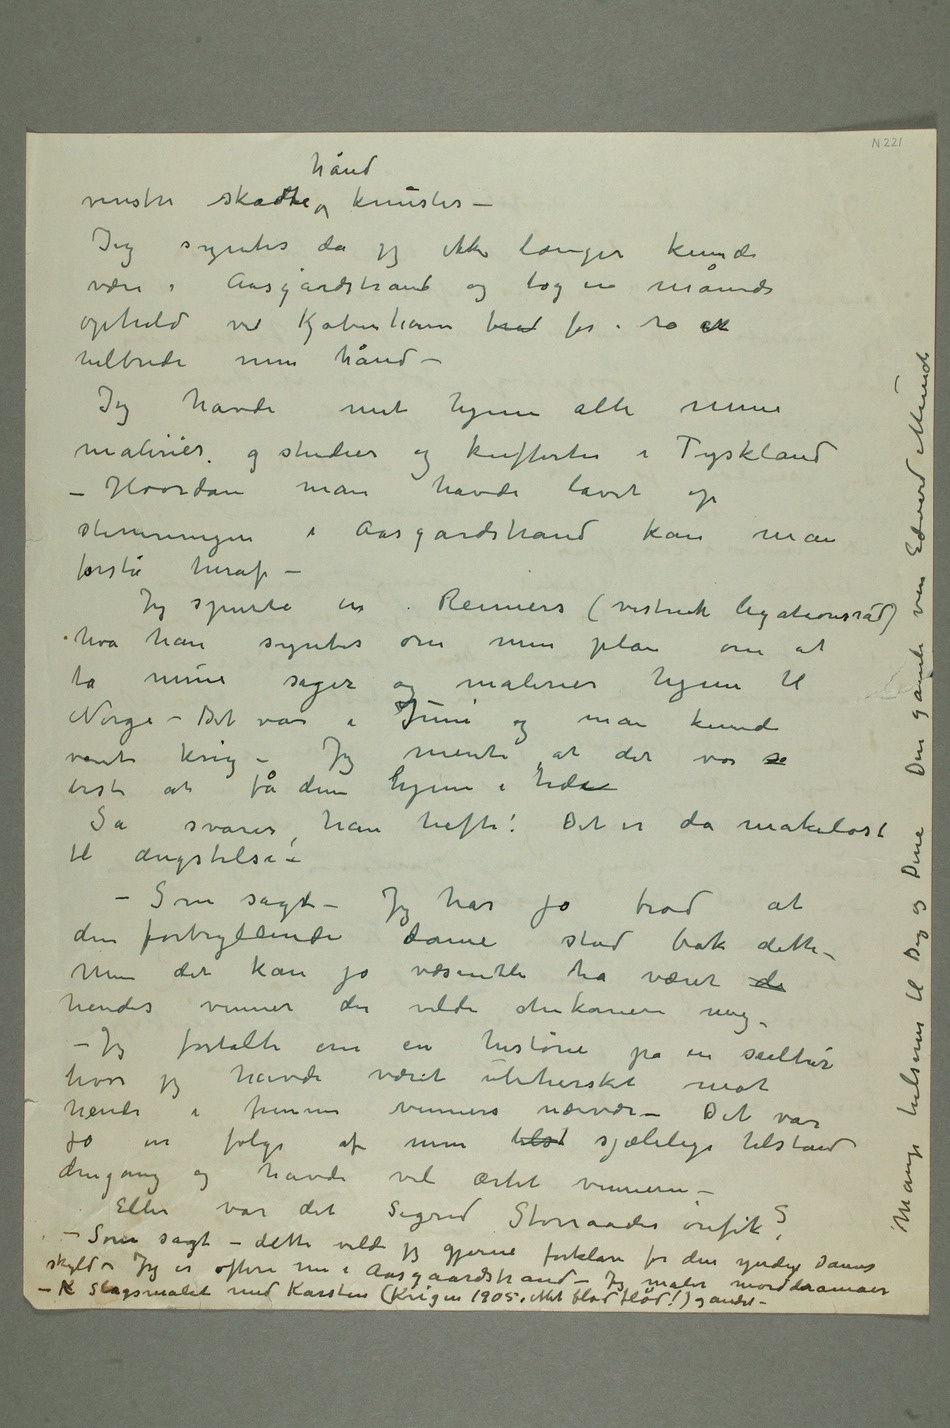
venstre skadte hånd knustes
– Jeg syntes da jeg ikke længer kunde
være i Aasgårdstrand og tog en måneds
ophold ved Kjøbenhavn ffor i ro at
helbrede min hånd –
Jeg havde mit hjem alle mine
malerier og studier og kufferter i Tyskland –
Hvordan man havde lavet op
stemningen i Aasgårdstrand kan man
forstå heraf –
Jeg spurte en Reimers (vistnok legationsråd)
hva han syntes om min plan om at
ta mine sager og malerier hjem til
Norge – Det var i Juni og man kunde
vænte krig – Jeg mente at det var s
best at få dem hjem i tide
Så svarer han hefti: Det er da makeløst
til ængstelse–!
– Som sagt – Jeg har jo trod at
den fortryllende dame stod bak dette –
Men det kan jo væsentli ha været de
hendes venner der vilde chikanere
mig. –
Jeg fortalte om en historie
på en seiltur
hvor jeg havde været ubehersket mot
hende i hennes venners nærvær – Det var
dengang og havde vel ærtet vennerne –
skyld – Jeg er oftere nu i Aasgaardstrand – Jeg maler
– K Slagsmålet med Karsten (Krigen 1905 – Mit blod flød!) og andre Mange hilsener til Dig og Dine Din gamle ven Edvard